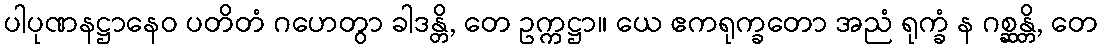
ပါပုဏနဋ္ဌာနေဝ ပတိတံ ဂဟေတွာ ခါဒန္တိ, တေ ဥက္ကဋ္ဌာ။ ယေ ဧကရုက္ခတော အညံ ရုက္ခံ န ဂစ္ဆန္တိ, တေ